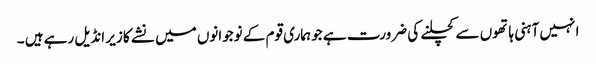
ا نہیں آہنی ہاتھوں سے کچلنے کی ضرورت ہے جو ہماری قوم کے نوجوانوں میں نشے کا زیر انڈیل رہے ہیں ۔